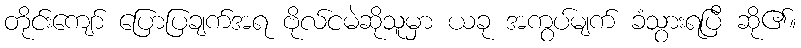
တိုင်းကျော် ပြောပြချက်အရ ဗိုလ်ငမဲဆိုသူမှာ ယခု အကွပ်မျက် ခံသွားရပြီ ဆို၏။